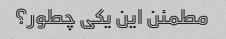
مطمئن این یکی چطور؟